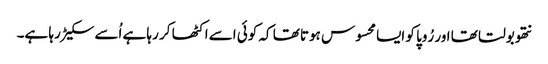
نتھو بولتا تھا اور رُوپا کو ایسا محسوس ہوتا تھا کہ کوئی اسے اکٹھا کر رہا ہے اُسے سکیڑ رہا ہے۔